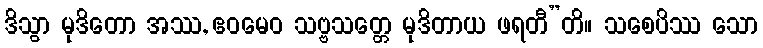
ဒိသွာ မုဒိတော အဿ, ဧဝမေဝ သဗ္ဗသတ္တေ မုဒိတာယ ဖရတီ”တိ။ သစေပိဿ သော